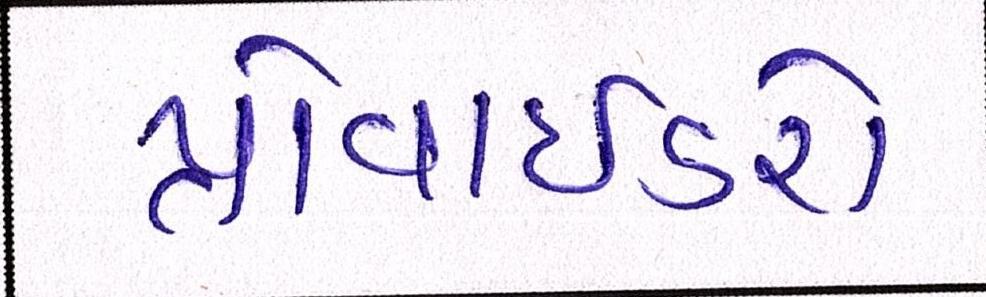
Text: પ્રોવાઈડરો